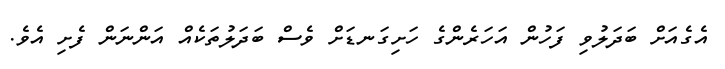
އެގެއަށް ބަދަލުވި ފަހުން އަހަރެންގެ ހަށިގަނޑަށް ވެސް ބަދަލުތަކެއް އަންނަން ފެށި އެވެ.